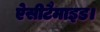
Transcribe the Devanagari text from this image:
ऐसीटैमाइड।